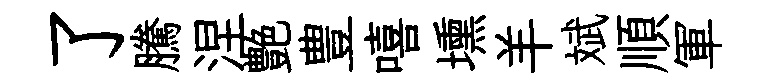
了騰涅艶豊嘻壎羊斌順軍